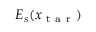
E _ { s } ( x _ { \mathrm { ~ t ~ a ~ r ~ } } )